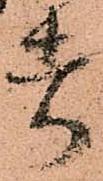
者